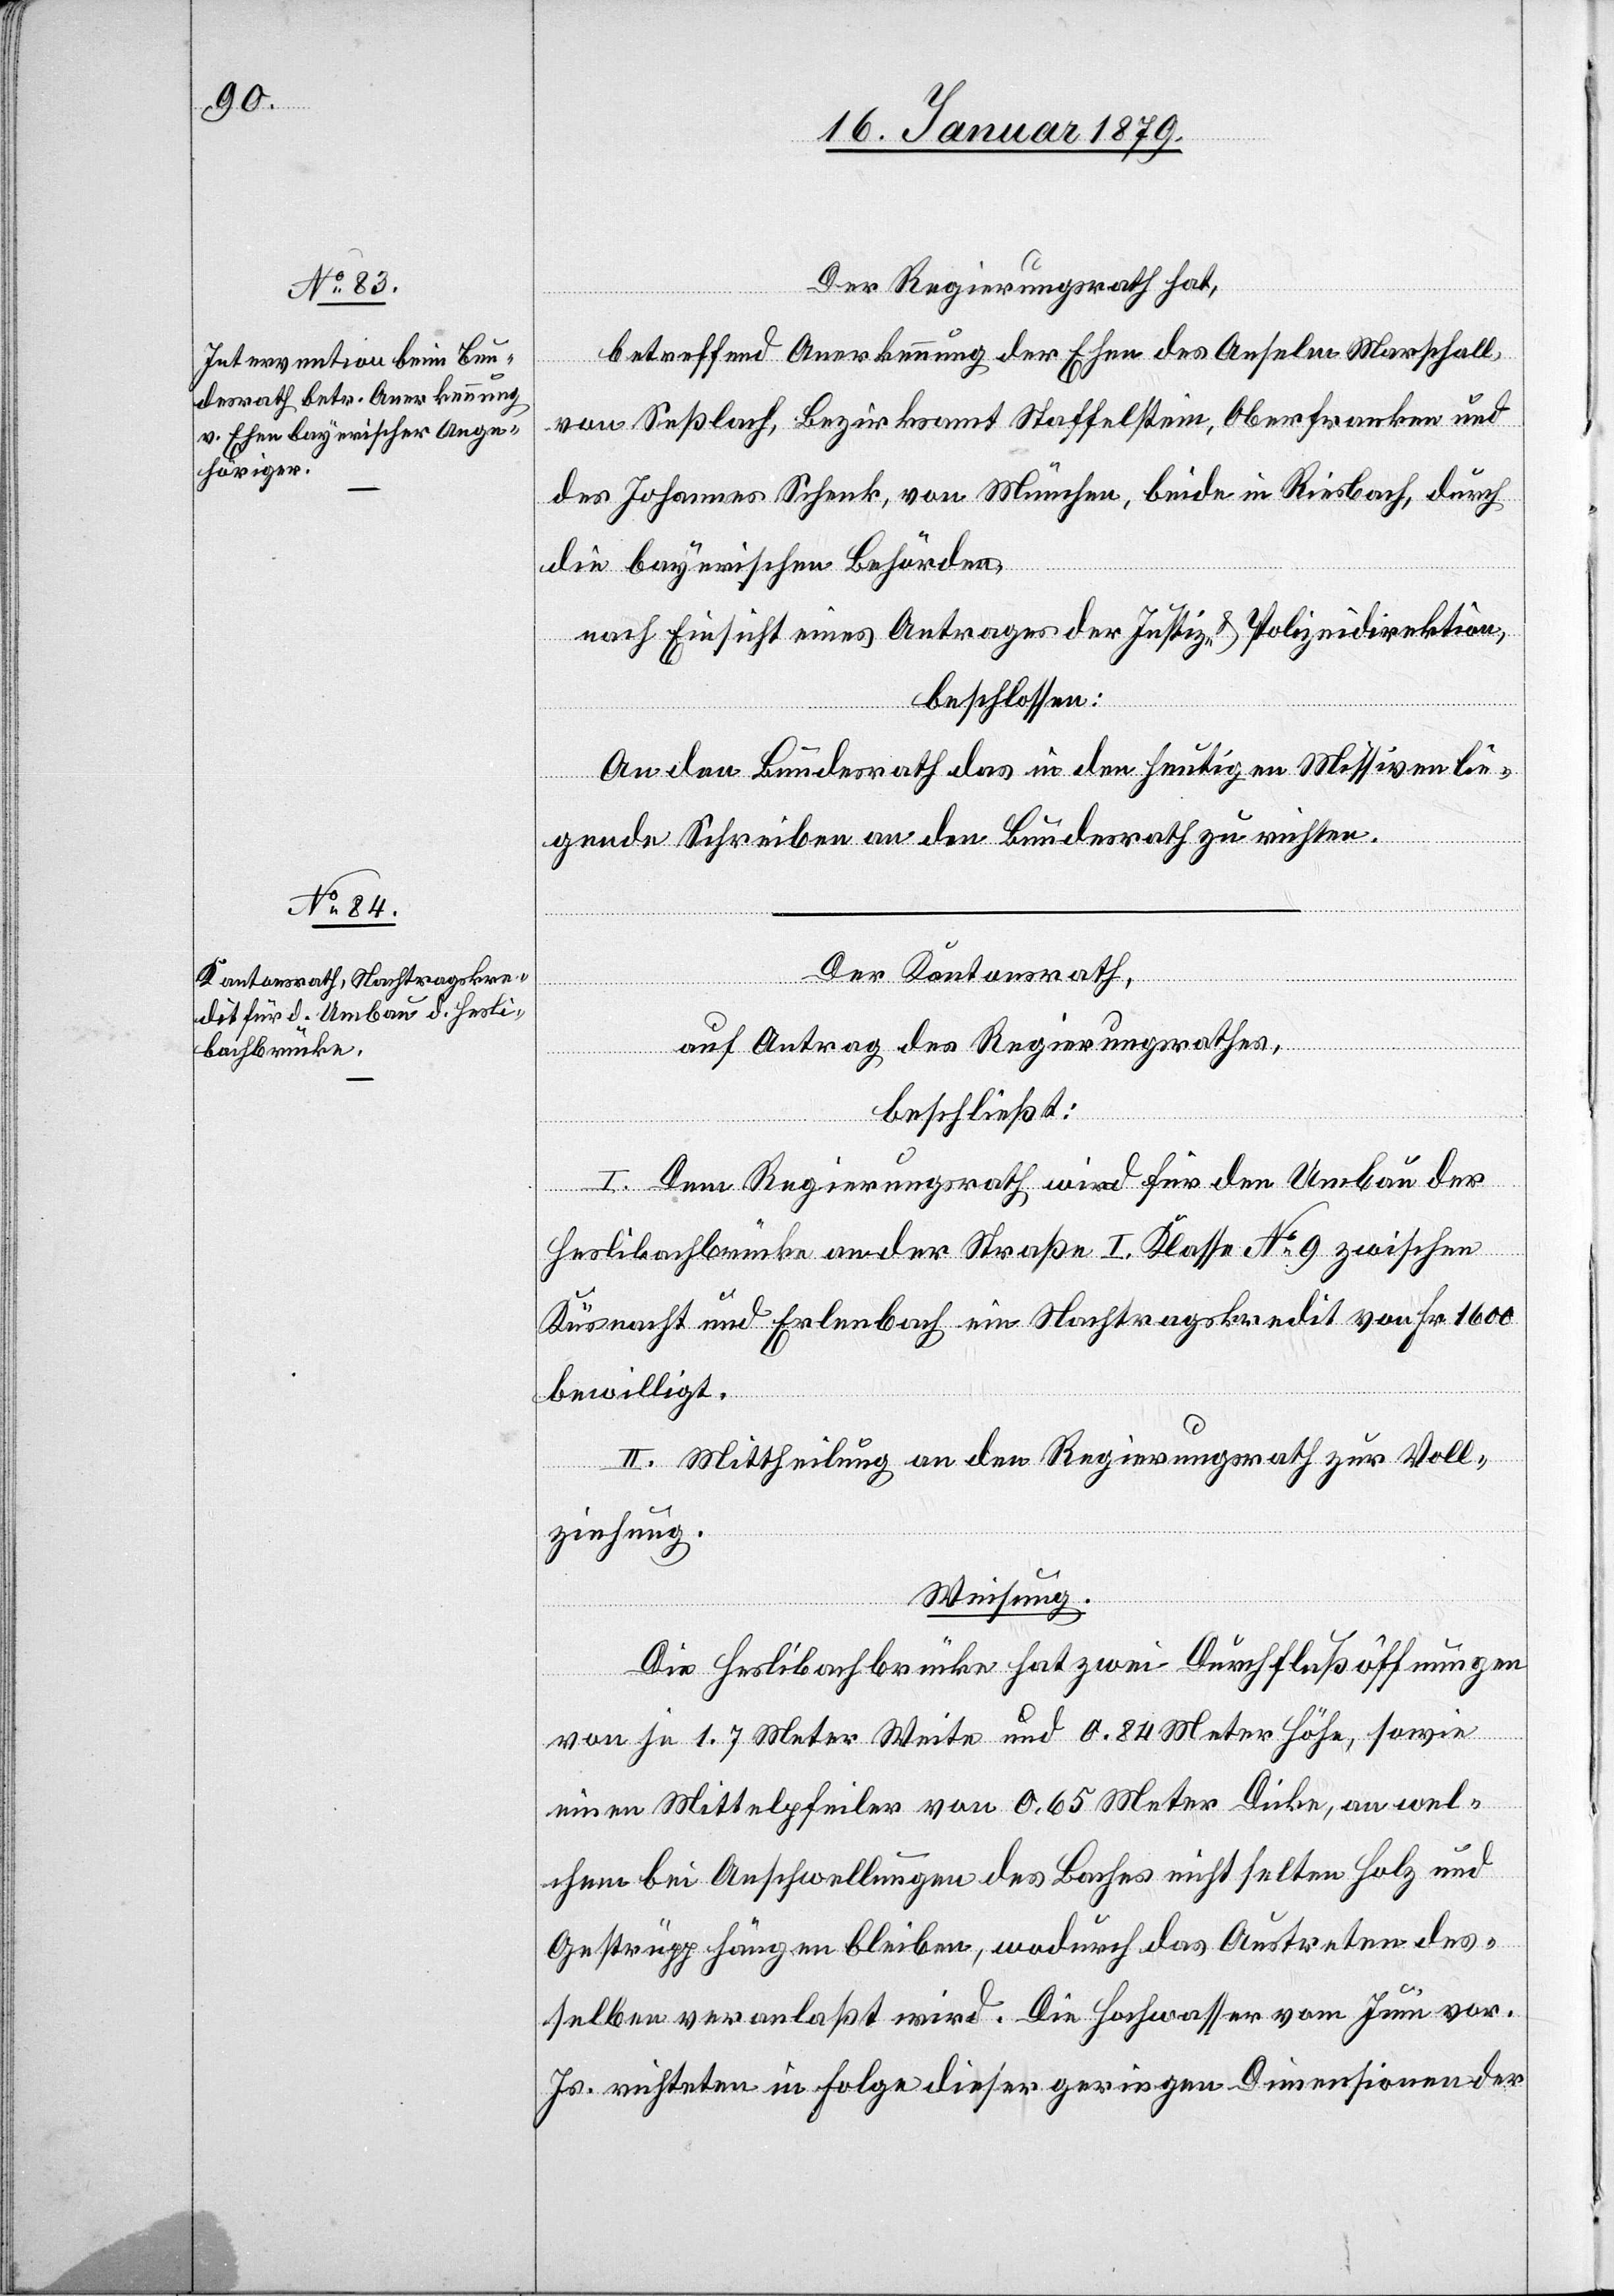
Der Regierungsrath hat,
betreffend Anerkennung der Ehen des Anselm Marschall,
von Seßlach, Bezirksamt Staffelstein, Oberfranken und
des Johannes Schenk, von München, beide in Riesbach, durch
die bayerischen Behörden,
nach Einsicht eines Antrages der Justiz- & Polizeidirektion,
beschlossen:
An den Bundesrath das in den heutigen Missiven lie¬
gende Schreiben an den Bundesrath zu richten.
Der Kantonsrath,
auf Antrag des Regierungsrathes,
beschließt:
I. Dem Regierungsrathe wird für den Umbau der
Heslibachbrücke an der Straße I. Klasse No 9 zwischen
Küsnacht und Erlenbach ein Nachtragskredit von Fr. 1600
bewilligt.
II. Mittheilung an den Regierungsrath zur Voll¬
ziehung.
Weisung.
Die Heslibachbrücke hat zwei Durchflußöffnungen
von je 1.7 Meter Weite und 0.84 Meter Höhe, sowie
einen Mittelpfeiler von 0.65 Meter Dicke, an wel¬
chem bei Anschwellungen des Baches nicht selten Holz und
Gestrüpp hängen bleiben, wodurch das Austreten des¬
selben veranlaßt wird. Die Hochwasser vom Juni vor.
Js. richteten in Folge dieser geringen Dimensionen der